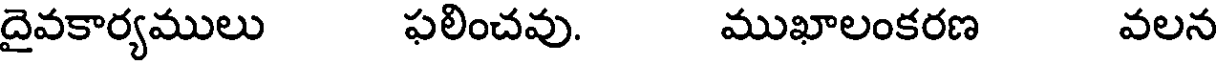
దైవకార్యములు ఫలించవు. ముఖాలంకరణ వలన